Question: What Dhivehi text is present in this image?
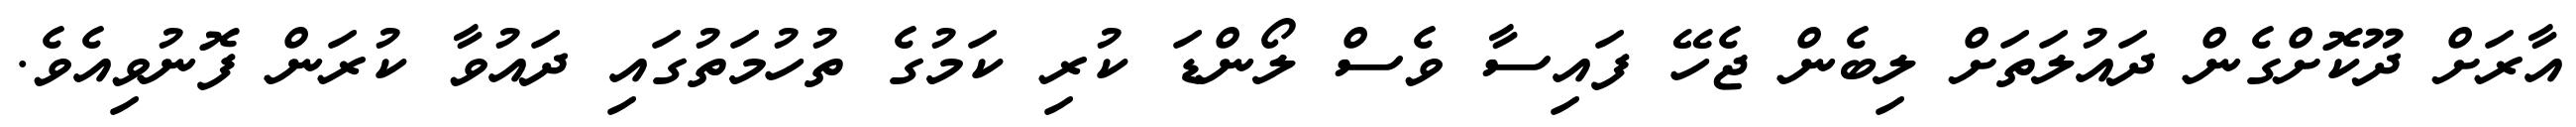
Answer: އާރަށް ދޫކޮށްގެން ދައުލަތަށް ލިބެން ޖެހޭ ފައިސާ ވެސް ލޯންޑަ ކުރި ކަމުގެ ތުހުމަތުގައި ދައުވާ ކުރަން ފޮނުވިއެވެ.